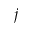
j